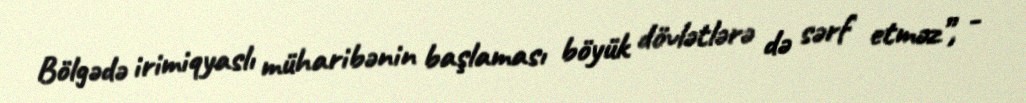
Bölgədə irimiqyaslı müharibənin başlaması böyük dövlətlərə də sərf etməz”, -